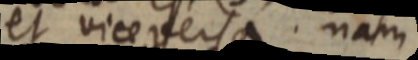
et vice versa nam